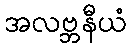
အလဗ္ဘနီယံ